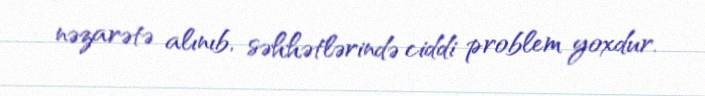
nəzarətə alınıb, səhhətlərində ciddi problem yoxdur.